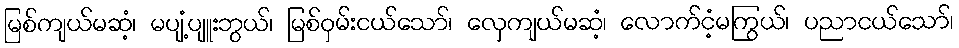
မြစ်ကျယ်မဆံ့၊ မပျံ့ပျူးဘွယ်၊ မြစ်ဝှမ်းငယ်သော်၊ လှေကျယ်မဆံ့၊ လောက်ငံ့မကြွယ်၊ ပညာငယ်သော်၊